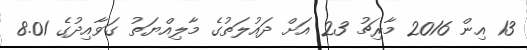
13 އިން 2016 މާރިޗު 23 އަށް ދައުލަތުގެ މާލިއްޔަތު ގަވާއިދުގެ 8.01